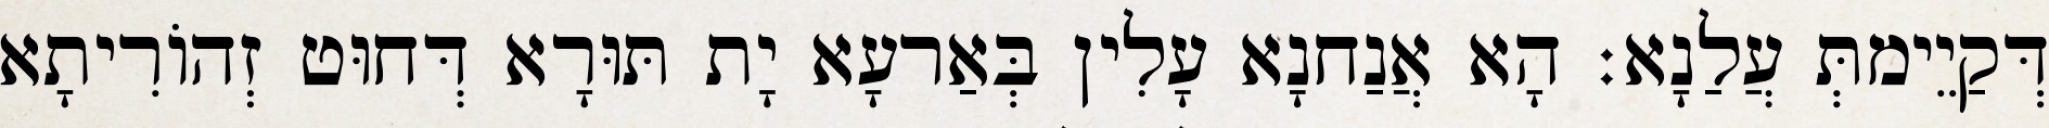
דְּקַיֵימתְּ עֲלַנָא׃ הָא אֲנַחנָא עָלִין בְּאַרעָא יָת תּוּרָא דְּחוּט זְהוֹרִיתָא